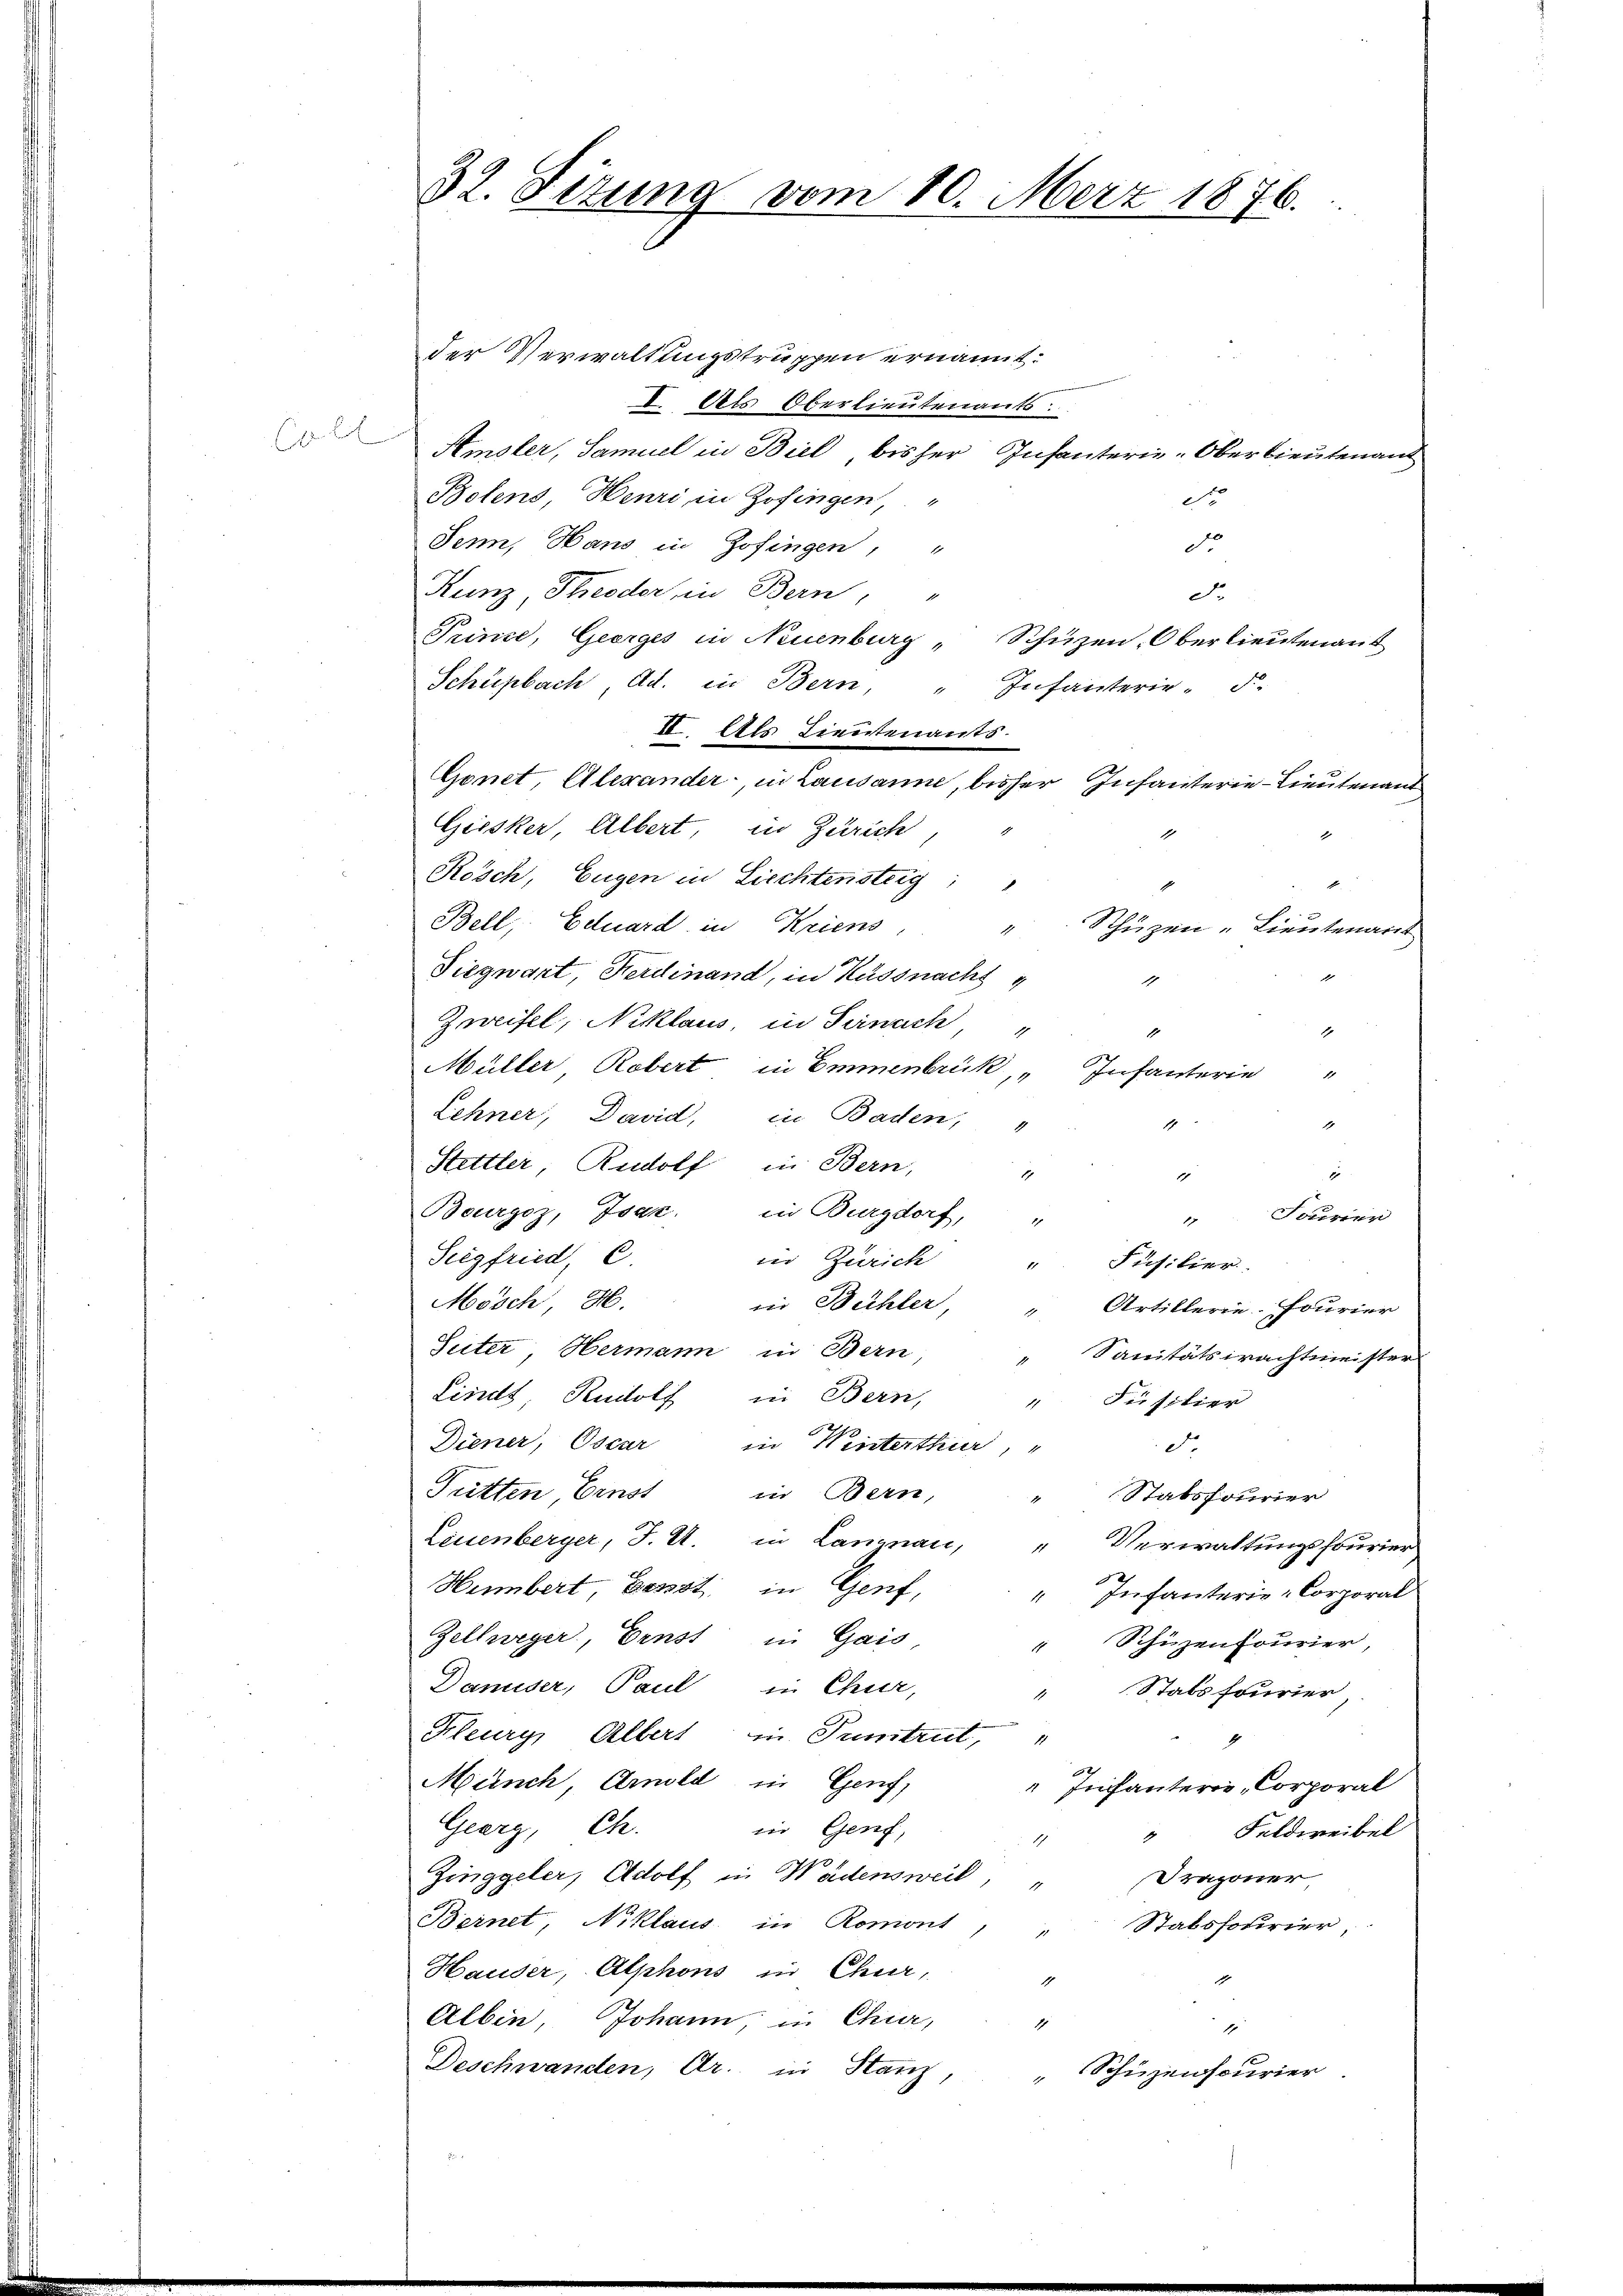
E. Ro

32. Sizung vom 10. März 1876.

der Verwaltungstruppen ernannt.
I. Als Oberlieutenants:
Amsler, Samuel in Biel, bisher Infanterie-Oberlieutenant
Bolens, Henri in Zofingen, "
do
de
Senn, Hans in Zofingen, "
Kunz, Theoder in Bern,
5.
Prince, Georges in Neuenburg " Schüzen, Oberlieutenant
Schüzbach, Ad. in Bern, " Infanterie- F.
II. Als Lieutenants.
Gonet, Alexander, in Lausanne, bisher Infanterie-Lieutenant
Giesker, Albert, in Zürich
Rösch, Eugen in Liechtensteig,
i
Bell, Eduard in Kriens
Schüzen-Lieutenant
4
Siegwart, Ferdinand, in Küssnachs
1
1
Zweifel, Niklaus, in Sirnach "
1
1
Müller Robert in Emmenbrück, „Infanterie
A
Lehner, David, in Baden,
1
1
Stettler, Rudolf in Bern,
1
8
1
Bourgoz, Isak in Burgdorf, "
Scurier
Siegfried, C.
ier Zürich
Füsilier.
1
Mösch, H.
ii Bühler, " Artillerie-Fourier
Suter, Hermann in Bern
Sanitätsprachtmeister
Linds, Rudolf in Bern,
Jüsitier
1
Diener, Oscar in Winterthur, "
d
Pütten, Einst
in Bern,
Stabsfourier
Leuenberger, J. U. in Langnau, " Verwaltungsfourier
Humbert Fenst, in Genf,
Infanterie-Corporat
1
Zellweger, Ernst in Gais,
" Schüzenfourier,
Danuser, Paul in Chur,
" Stabsfourier
Kleury, Albert in Tuntrut, "
Münch, Arnold in Genf,
" Infanterie, Corporal
Geerz, Ch.
iir Genf,
Feldweibel
2
Zinggeler, Adolf in Wädensweil,
Dragoner
Bernet Niklaus in Romont
Stabssourier,
1
Hauder, Alphons in Chur,
1
Albin, Johann, in Chier, "
1
Deschwanden, Er. in Stanz,
" Schüzenscurier